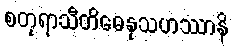
စတုရာသီတိဓေနုသဟဿာနိ